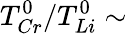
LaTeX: T_{Cr}^{0}/T_{Li}^{0}\sim